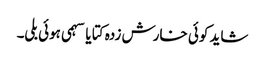
شاید کوئی خارش زدہ کتا یا سہمی ہوئی بلی۔